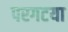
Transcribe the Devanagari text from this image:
परगटया